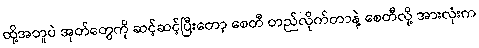
ထို့အတူပဲ အုတ်တွေကို ဆင့်ဆင့်ပြီးတော့ စေတီ တည်လိုက်တာနဲ့ စေတီလို့ အားလုံးက